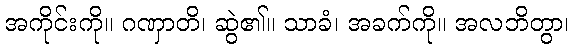
အကိုင်းကို။ ဂဏှာတိ၊ ဆွဲ၏။ သာခံ၊ အခက်ကို။ အလဘိတွာ၊